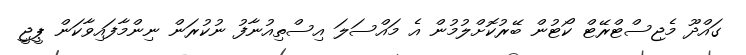
ގައްދޫ މެޖިސްޓްރޭޓް ކޯޓުން ބޭރުކޮށްލުމުން އެ މައްސަލަ އިސްތިއުނާފު ނުކުރަން ނިންމާފައިވާކަން ޕީޖީ